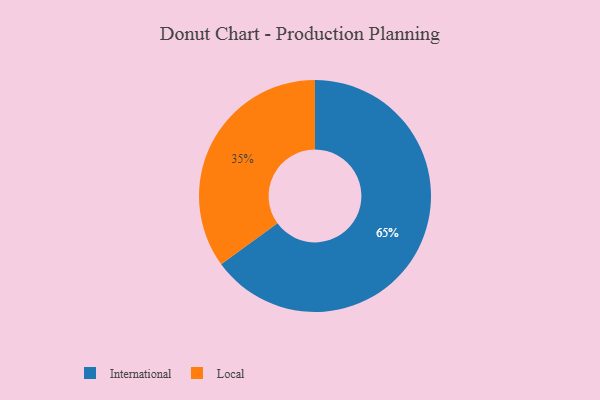
{"axis": {"x": "Category", "y": "Percentage"}, "legend": ["International", "Local"], "data": [{"x": "International", "y": 65, "type": "International"}, {"x": "Local", "y": 35, "type": "Local"}]}